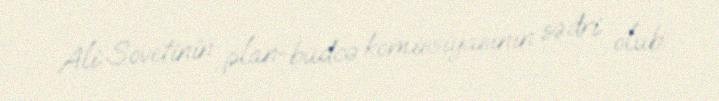
Ali Sovetinin plan-büdcə komissiyasının sədri olub.